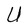
Character: U